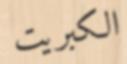
الكبريت